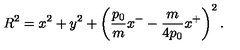
R ^ { 2 } = x ^ { 2 } + y ^ { 2 } + \left( { \frac { p _ { 0 } } { m } } x ^ { - } - { \frac { m } { 4 p _ { 0 } } } x ^ { + } \right) ^ { 2 } .